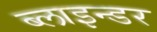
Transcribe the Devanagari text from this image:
ब्लाइन्डर